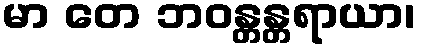
မာ တေ ဘဝန္တန္တရာယာ၊